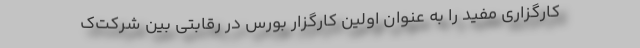
کارگزاری مفید را به عنوان اولین کارگزار بورس در رقابتی بین شرکت‌ک